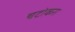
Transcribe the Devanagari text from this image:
चटोकरा